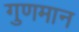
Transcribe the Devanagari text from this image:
गुणमान